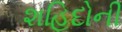
શહિદોની